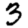
Digit: 3